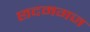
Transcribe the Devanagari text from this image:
छदमगज